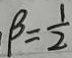
\beta = \frac { 1 } { 2 }